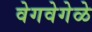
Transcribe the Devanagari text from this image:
वेगवेगेळे